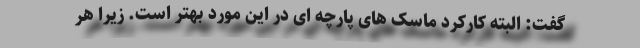
گفت: البته کارکرد ماسک های پارچه ای در این مورد بهتر است. زیرا هر